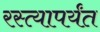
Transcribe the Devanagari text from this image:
रस्त्यापर्यंत